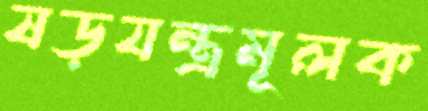
ষড়যন্ত্রমূলক